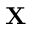
\mathbf { X }